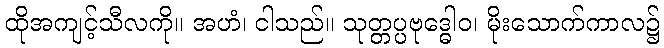
ထိုအကျင့်သီလကို။ အဟံ၊ ငါသည်။ သုတ္တပ္ပဗုဒ္ဓေါဝ၊ မိုးသောက်ကာလ၌